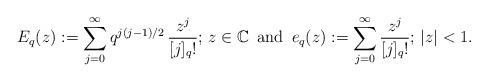
LaTeX: \begin{align*} E_q(z):= \sum_{j=0}^\infty q^{j(j-1)/2}\,\frac{z^j}{[j]_q!}; \, z\in \mathbb{C} \, \mbox{ and } \, e_q(z):= \sum_{j=0}^\infty \frac{z^j}{[j]_q!}; \, |z|< 1.\end{align*}